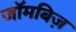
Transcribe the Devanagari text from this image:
जॉमबिज़